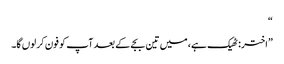
“
”اختر: ٹھیک ہے، میں تین بجے کے بعد آپ کو فون کر لوں گا۔